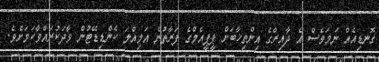
ގޮނޑިއެއް ނަމަވެސް އެ ދާއިރާގެ އިންތިޚާބަށް ޕީޕީއެމްގެ ފަރާތުން އަމިއްލަ ކެންޑިޑޭޓުން ވާދަކުރައްވާކަމަށެވެ.